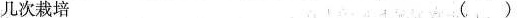
几次栽培 ()